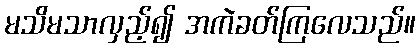
မသိမသာလှည့်၍ အကဲခတ်ကြလေသည်။